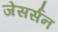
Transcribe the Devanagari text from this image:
जेसर्सन